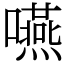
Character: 嚥